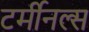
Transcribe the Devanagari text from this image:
टर्मीनल्स